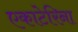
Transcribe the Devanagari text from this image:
एकाटेरिना